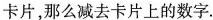
卡片，那么减去卡片上的数字；